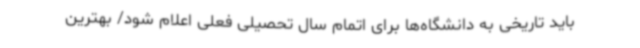
باید تاریخی به دانشگاه‌ها برای اتمام سال تحصیلی فعلی اعلام شود/ بهترین